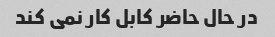
در حال حاضر کابل کار نمی کند